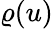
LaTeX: \varrho(u)